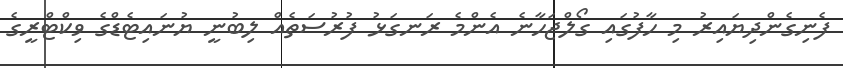
ފެނިގެންދިޔައިރު މި ހާފުގައި ގޯލްޖަހާނެ އެންމެ ރަނގަޅު ފުރުސަތެއް ލިބުނީ ޔުނައިޓެޑްގެ ވިކްޓްރީގެ